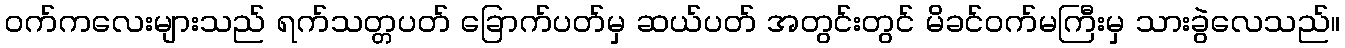
ဝက်ကလေးများသည် ရက်သတ္တပတ် ခြောက်ပတ်မှ ဆယ်ပတ် အတွင်းတွင် မိခင်ဝက်မကြီးမှ သားခွဲလေသည်။